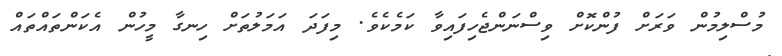
މުސްލިމުން ވަރަށް ފުންކޮށް ވިސްނަންޖެހިފައިވާ ކަމެކެވެ. މިފަދަ އަމަލުތަށް ހިނގާ މީހުން އެކަންތައްތައް